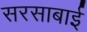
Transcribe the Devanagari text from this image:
सरसाबाई